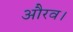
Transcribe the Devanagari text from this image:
औरव।